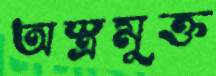
অস্ত্রমুক্ত